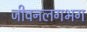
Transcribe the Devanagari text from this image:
जीवनलगभग